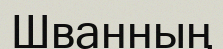
Шванның